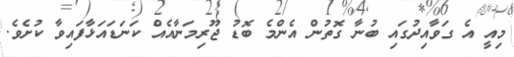
މިއީ އެ ގަވާއިދުގައި ބުނާ ގޮތުން އެންމެ ބޮޑު ޖޫރިމަނާއެއް ކަނަޑައަޅާފައިވާ ކުށެވެ.